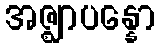
အဇ္ဈာပန္နော